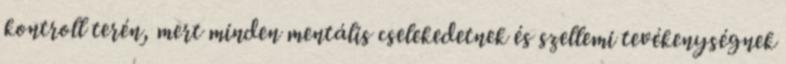
kontroll terén, mert minden mentális cselekedetnek és szellemi tevékenységnek